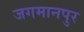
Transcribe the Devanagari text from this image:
जगमानपुर